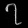
Digit: ၇